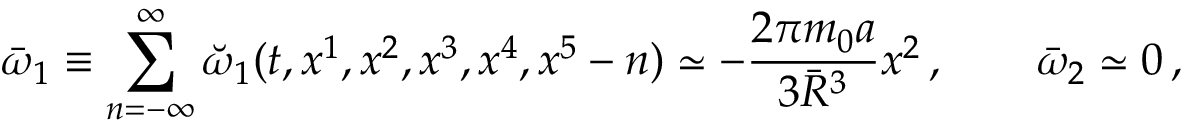
\bar { \omega } _ { 1 } \equiv \sum _ { n = - \infty } ^ { \infty } \breve { \omega } _ { 1 } ( t , x ^ { 1 } , x ^ { 2 } , x ^ { 3 } , x ^ { 4 } , x ^ { 5 } - n ) \simeq - { \frac { 2 \pi m _ { 0 } a } { 3 \bar { R } ^ { 3 } } } x ^ { 2 } \, , \qquad \bar { \omega } _ { 2 } \simeq 0 \, ,